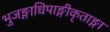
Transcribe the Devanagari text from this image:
भुजङ्गाधिपाङ्गीकृताङ्गा